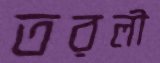
তরলী